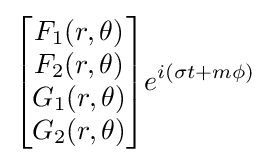
{\begin{bmatrix}F_{1}(r,\theta )\\F_{2}(r,\theta )\\G_{1}(r,\theta )\\G_{2}(r,\theta )\end{bmatrix}}e^{i(\sigma t+m\phi )}